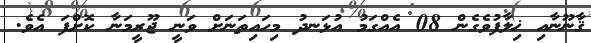
ޤާނޫނާއި ޚިލާފުވެގެން 08 އެއްގަމު އުޅަނދު މިހައިތަނަށް ވަނީ ޖޫރީމަނާ ކޮށްފަ އެވެ.